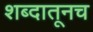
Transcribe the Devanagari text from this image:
शब्दातूनच